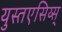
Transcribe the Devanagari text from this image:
युस्तएसिय्स्